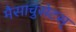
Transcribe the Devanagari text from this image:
मैसाचुसेटस्